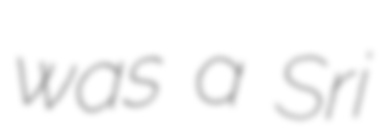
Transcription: was a Sri